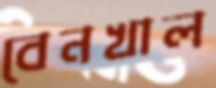
বেনখাল